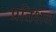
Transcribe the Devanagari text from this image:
प्रतिशल